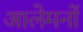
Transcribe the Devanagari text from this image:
आलेमनों